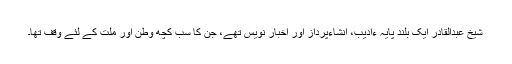
شیخ عبدالقادر ایک بلند پایہ ءادیب، انشاءپرداز اور اخبار نویس تھے، جن کا سب کچھ وطن اور ملت کے لئے وقف تھا۔